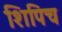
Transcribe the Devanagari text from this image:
शिपिच